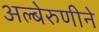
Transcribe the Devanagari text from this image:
अल्बेरुणीने